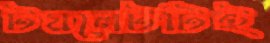
টয়লেটটিই